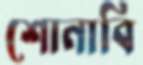
শোনাবি